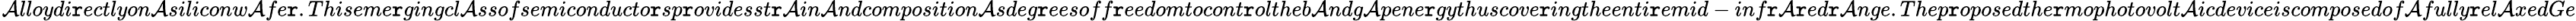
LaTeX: _{}{}\mathcal{A}lloydi\mathtt{r}ectlyon\mathcal{A}siliconw\mathcal{A}fe\mathtt{r}.Thiseme\mathtt{r}gingcl\mathcal{A}ssofsemiconducto\mathtt{r}sp\mathtt{r}ovidesst\mathtt{r}\mathcal{A}in\mathcal{A}ndcomposition\mathcal{A}sdeg\mathtt{r}eesoff\mathtt{r}eedomtocont\mathtt{r}oltheb\mathcal{A}ndg\mathcal{A}pene\mathtt{r}gythuscove\mathtt{r}ingtheenti\mathtt{r}emid-inf\mathtt{r}\mathcal{A}\mathtt{r}ed\mathtt{r}\mathcal{A}nge.Thep\mathtt{r}oposedthe\mathtt{r}mophotovolt\mathcal{A}icdeviceiscomposedof\mathcal{A}fully\mathtt{r}el\mathcal{A}xedGe